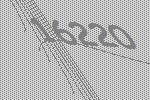
16220